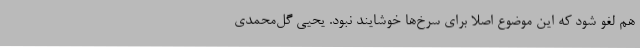
هم لغو شود که این موضوع اصلا برای سرخ‌ها خوشایند نبود. یحیی گل‌محمدی